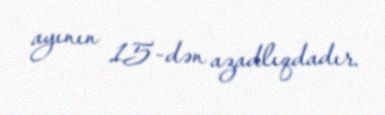
ayının 15-dən azadlıqdadır.